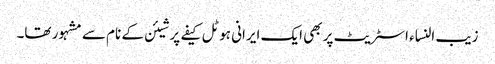
زیب النساء اسٹریٹ پر بھی ایک ایرانی ہوٹل کیفے پرشیئن کے نام سے مشہور تھا۔